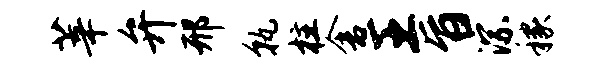
莘弁邢孰柱舍王旨淙稼